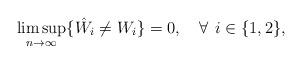
LaTeX: \begin{align*} & \limsup_{n \rightarrow \infty} \{\hat{W}_{i} \neq W_{i}\}=0,\quad\forall \:\: i \in \{1,2\}, \end{align*}